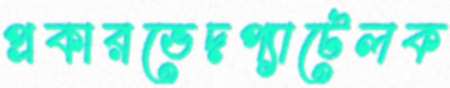
প্রকারভেদপ্যাটেলক